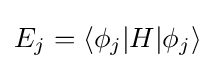
E_{j}=\langle \phi _{j}|H|\phi _{j}\rangle